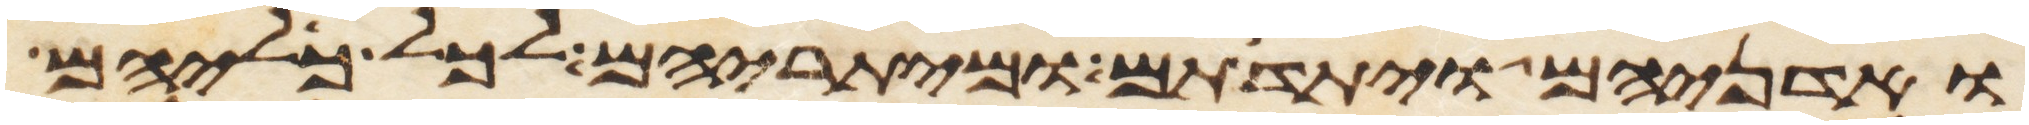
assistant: ואדניהם ויתדתם ומיתריהם לכל כליהם